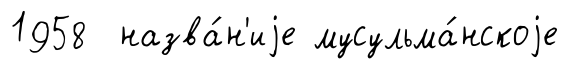
1958 назва́н'иjе мусульма́нскоjе